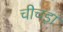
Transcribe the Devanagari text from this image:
चीचड़ा